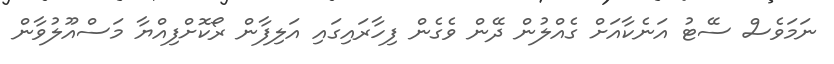
ނަމަވެސް ސޭޓު އަނެކާއަށް ގެއްލުން ދޭން ވެގެން ފިހާރައިގައި އަލިފާން ރޯކޮށްފިއްޔާ މަސްއޫލުވާން